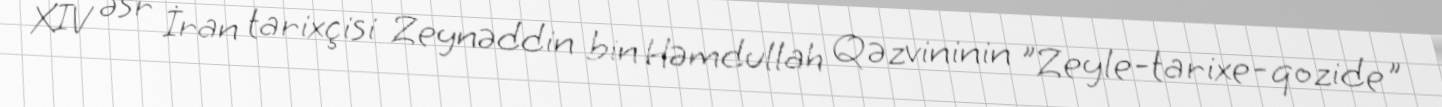
XIV əsr İran tarixçisi Zeynəddin bin Həmdullah Qəzvininin "Zeyle-tarixe-qozide"